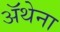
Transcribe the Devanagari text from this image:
ॲथेना